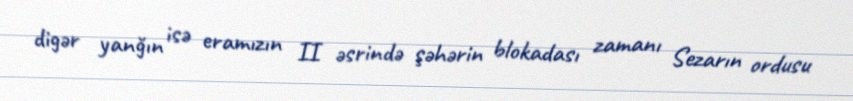
digər yanğın isə eramızın II əsrində şəhərin blokadası zamanı Sezarın ordusu